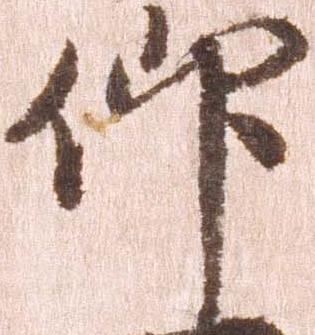
仰